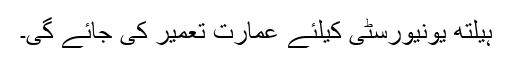
ہیلتھ یونیورسٹی کیلئے عمارت تعمیر کی جائے گی۔